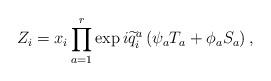
LaTeX: \begin{align*}Z_{i}=x_{i}\prod_{a=1}^{r}\exp i\widetilde{q}_{i}^{a}\left( \psi_{a}T_{a}+\phi _{a}S_{a}\right) , \end{align*}